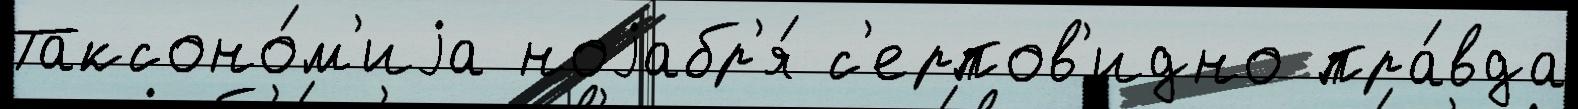
Таксоно́м'иjа ноjабр'я́ с'ерпов'идно пра́вда